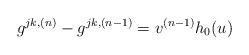
LaTeX: \begin{align*}g^{jk, (n)}-g^{jk,(n-1)} = v^{(n-1)} h_0(u)\end{align*}